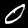
Digit: 0